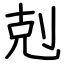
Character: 剋